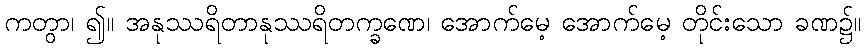
ကတွာ၊ ၍။ အနုဿရိတာနုဿရိတက္ခဏေ၊ အောက်မေ့ အောက်မေ့ တိုင်းသော ခဏ၌။